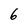
Character: 6